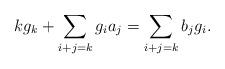
LaTeX: \begin{align*}kg_{k}+\sum_{i+j=k}g_{i}a_{j}=\sum_{i+j=k}b_{j}g_{i}.\end{align*}